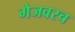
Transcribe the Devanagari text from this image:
गेजवरच